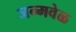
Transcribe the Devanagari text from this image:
जन्मवेळ